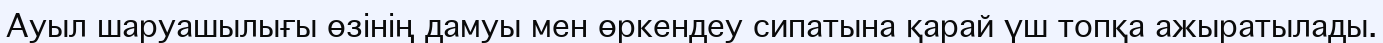
Ауыл шаруашылығы өзінің дамуы мен өркендеу сипатына қарай үш топқа ажыратылады.